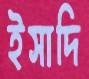
ইসাদি